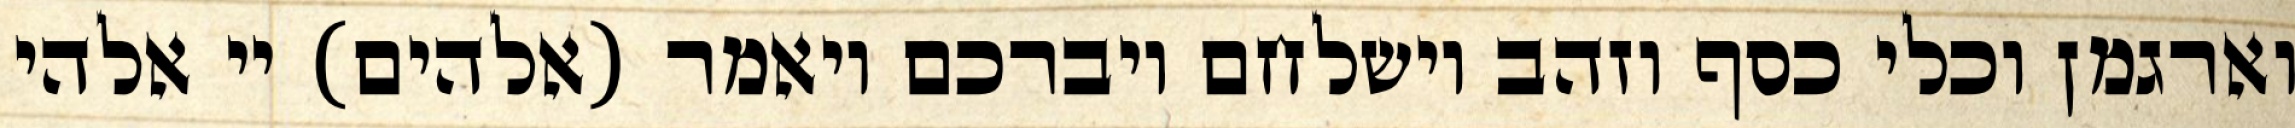
וארגמן וכלי כסף וזהב וישלחם ויברכם ויאמר (אלהים) יי אלהי